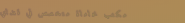
مكتب محاماة متخصص في قضاي